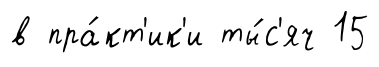
в пра́кт'ик'и ты́с'яч 15